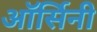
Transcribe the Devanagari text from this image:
ऑर्सिनी